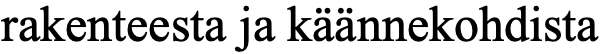
rakenteesta ja käännekohdista